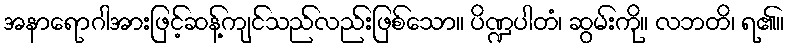
အနာရောဂါအားဖြင့်ဆန့်ကျင်သည်လည်းဖြစ်သော။ ပိဏ္ဍပါတံ၊ ဆွမ်းကို။ လဘတိ၊ ရ၏။